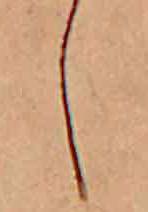
し